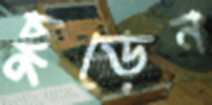
ছুড়েন